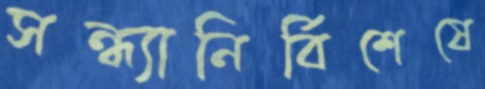
সন্ধ্যানির্বিশেষে